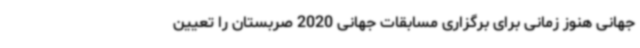
جهانی هنوز زمانی برای برگزاری مسابقات جهانی 2020 صربستان را تعیین